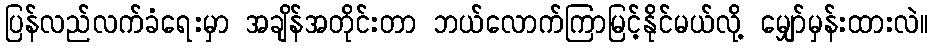
ပြန်လည်လက်ခံရေးမှာ အချိန်အတိုင်းတာ ဘယ်လောက်ကြာမြင့်နိုင်မယ်လို့ မျှော်မှန်းထားလဲ။